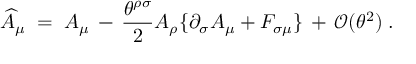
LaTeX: \widehat { A } _ { \mu } \; = \; A _ { \mu } \, - \, \frac { \theta ^ { \rho \sigma } } { 2 } A _ { \rho } \{ \partial _ { \sigma } A _ { \mu } + F _ { \sigma \mu } \} \, + \, { \mathcal O } ( \theta ^ { 2 } ) \; .